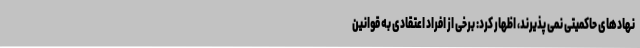
نهادهای حاکمیتی نمی پذیرند، اظهار کرد: برخی از افراد اعتقادی به قوانین